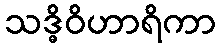
သဒ္ဓိဝိဟာရိကာ